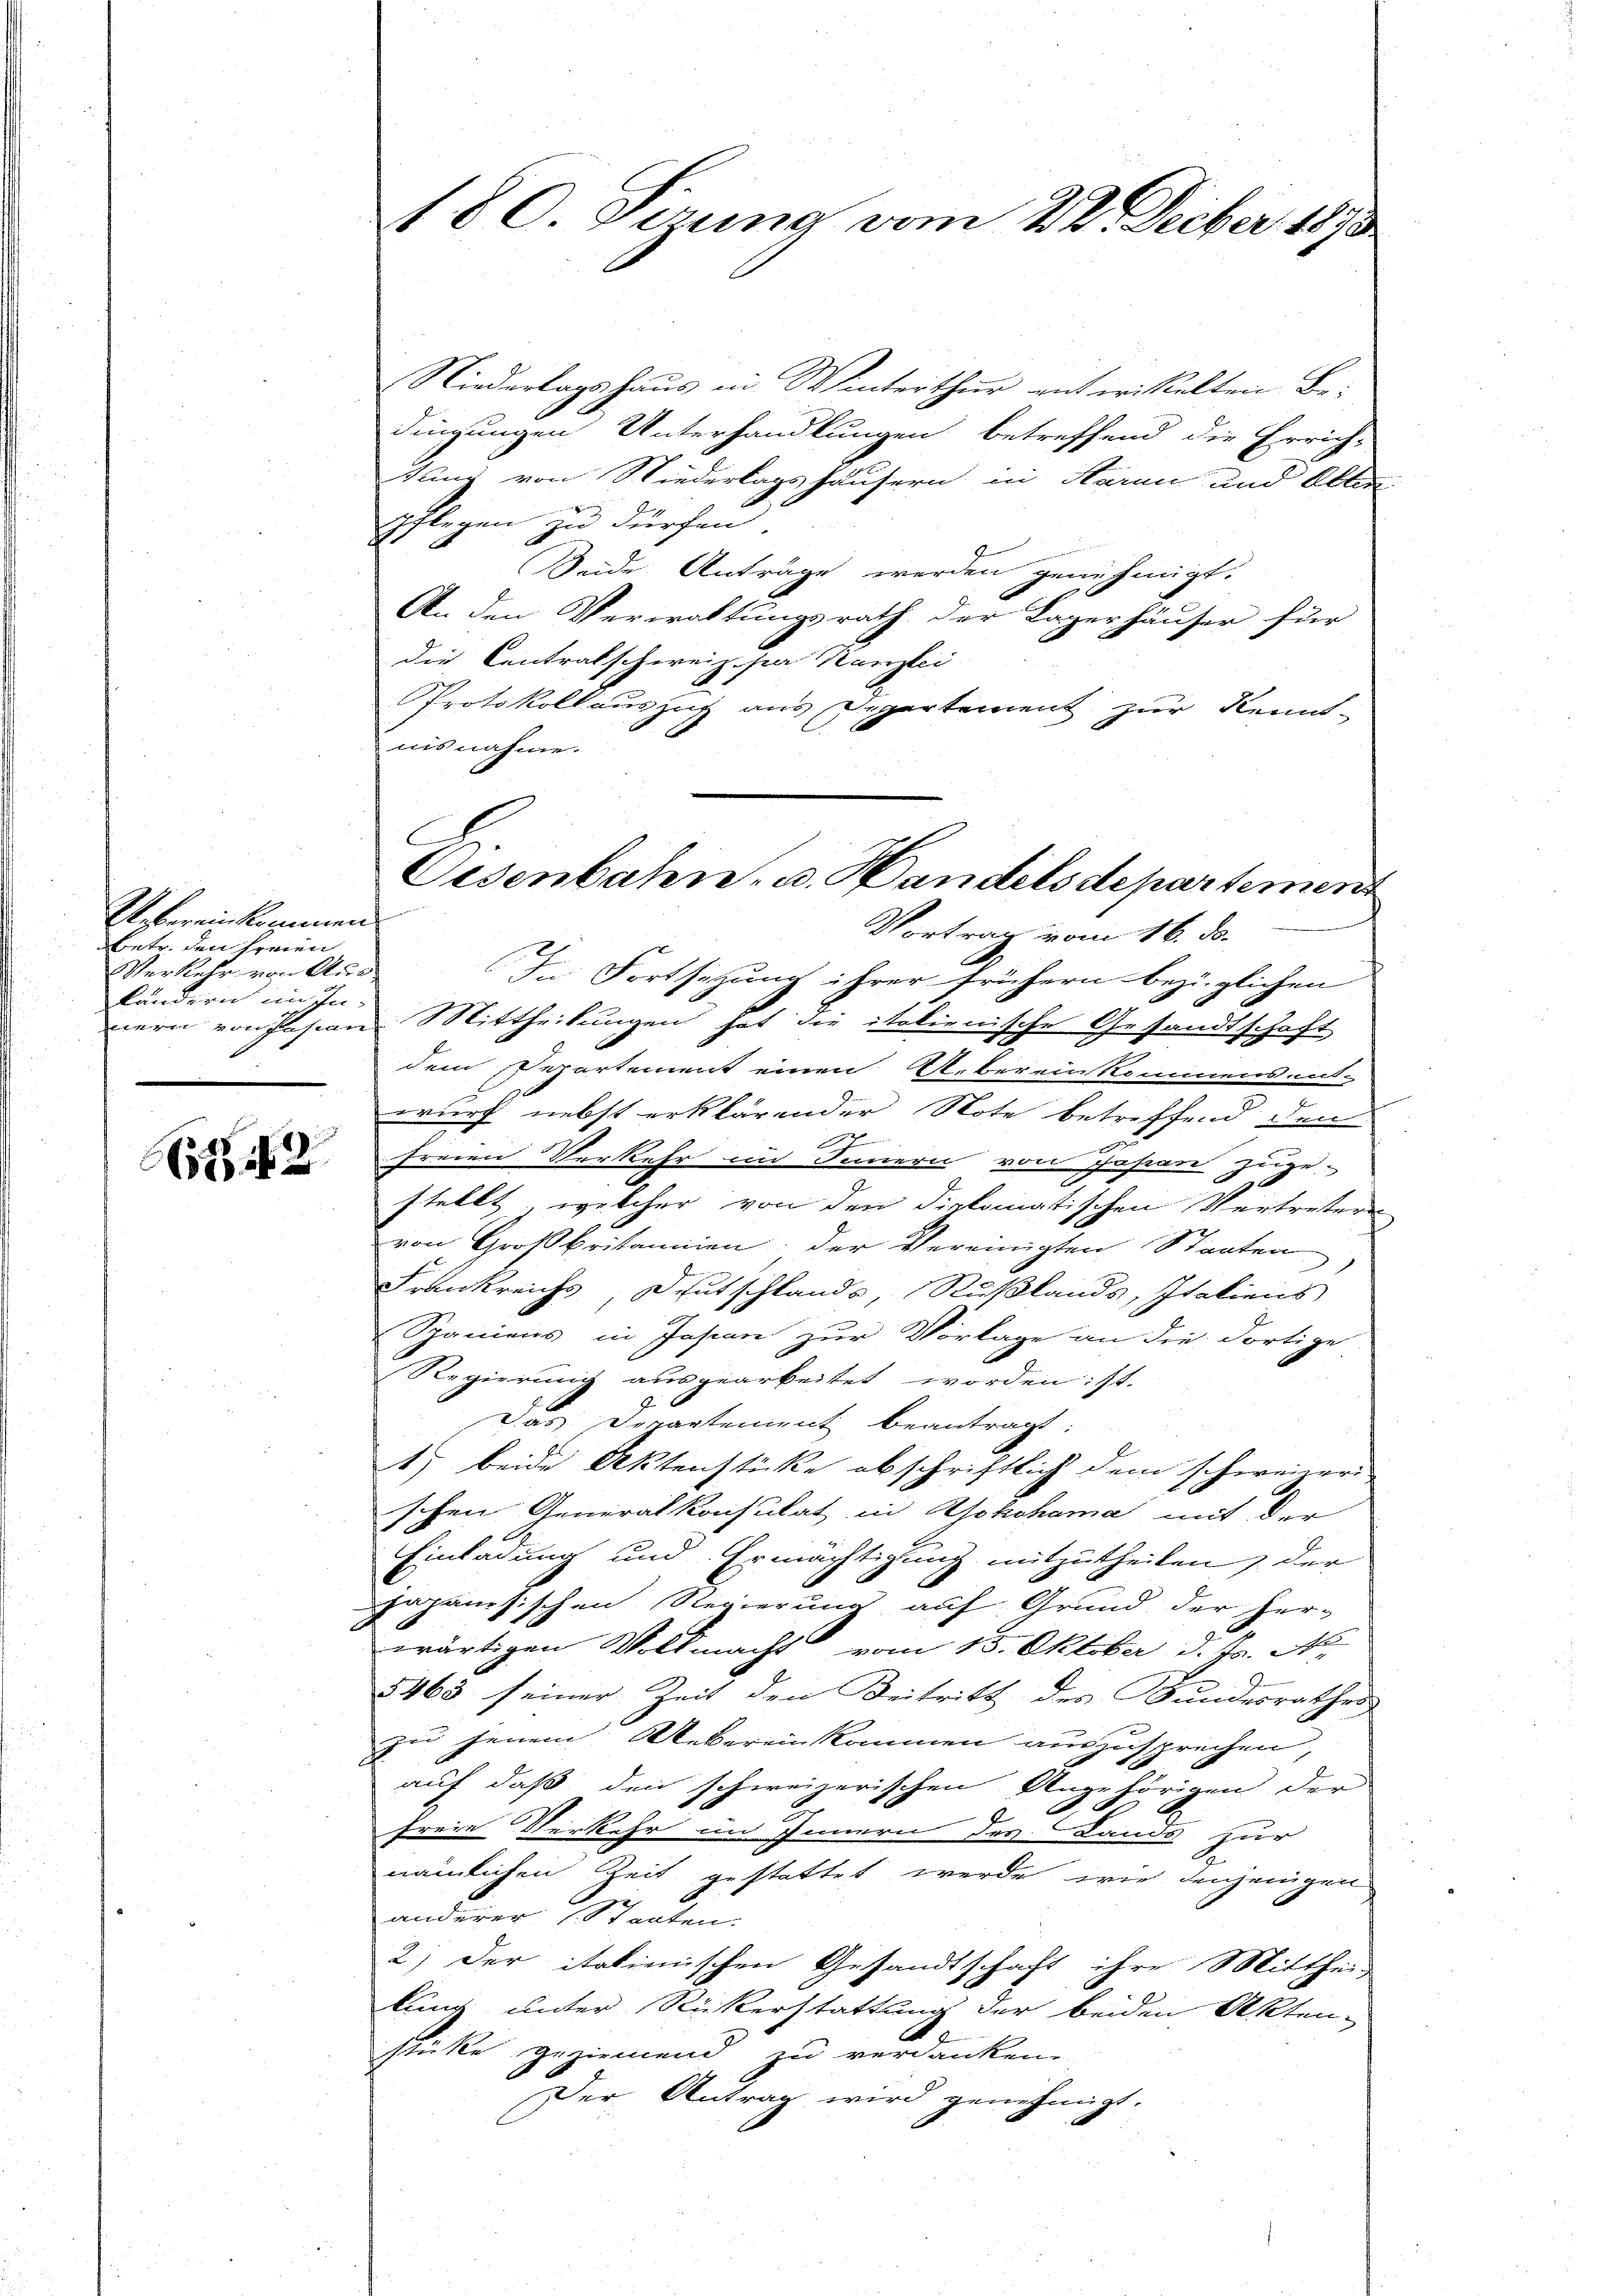
Uebereinkommen
Betr. den freien
Verkehr von Auskandern im In-

51142

180. Sirung vom 24. Decber 1870

Niederlagshaus in Winterthur entwickelten Be-
dingungen Unterhandlungen betreffend die Errich-
tung von Niederlagshäusern in Harni und Alber
Pflegen zu dürfen.
u
Seide Anträge werden genehmigt.
An den Verwaltungsrath der Lagerhäuser für
die Contratschweiz. par Kanzlei
Protokollauszug aus Departement zur Kennt-
nisnahme.
Vortrag vom 16. ds.
In Fortsetzung ihrer frühern bezüglichen
nern von Pasian Mittheilungen hat die italienische Gesandtschaft
dem Departement einen Uebereinkommens ent-
2
wurf nebst erklärender Note betreffend den
freien Verkehr im Innern von Jahren zuge-
stellt, welcher von den diplomatischen Vertreter
von Großbritannien der Vereinigten Staaten
Frankreichs, Deutschlands, Rußlands, Italiens
Spaniens in Japan zur Vorlage an die dortige
Regierung ausgearbeitet worden: st.
Das Departement beantragt:
1) beide Aktenstücke abschriftlich dem schweizeri-
schen Generalkonsulat in Yokohama mit der
Einladung und Ermächtigung mitzutheilen, der
japanesischen Regierung auf Grund der her-
wärtigen Vollmacht vom 15. Oktober d. Js. N.
5463 seiner Zeit den Beitritt, des Bundesrathes
zu jenem Weberen kommen auszusprechen,
auf, daß den schweizerischen Angehörigen der
t
freie Verkehr im Innern des Lands zur
2
nämlichen Zeit gestattet werde, wie denjenigen
anderer Staaten.
2) Der itatimischen Gesandtschaft ihre Mitthei
lung unter Rückerstattung der beiden Akten-
stüke geziemend zu verdanken.
Der Antrag wird genehmigt.

C
Eisenbahn, u. Handelsdepartement